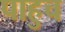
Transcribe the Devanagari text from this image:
पाहुच